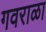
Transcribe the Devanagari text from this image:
गवराळा